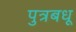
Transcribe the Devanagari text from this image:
पुत्रबधू